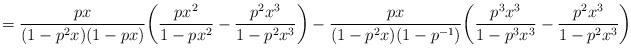
LaTeX: \begin{align*}= \frac{px}{(1-p^2x)(1-px)}\bigg(\frac{px^2}{1-px^2} - \frac{p^2x^3}{1-p^2x^3}\bigg) - \frac{px}{(1-p^2x)(1-p^{-1})}\bigg( \frac{p^3x^3}{1-p^3x^3} - \frac{p^2x^3}{1-p^2x^3}\bigg)\end{align*}